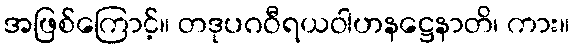
အဖြစ်ကြောင့်။ တဒုပဂဝီရယဝါဟနဋ္ဌေနာတိ၊ ကား။